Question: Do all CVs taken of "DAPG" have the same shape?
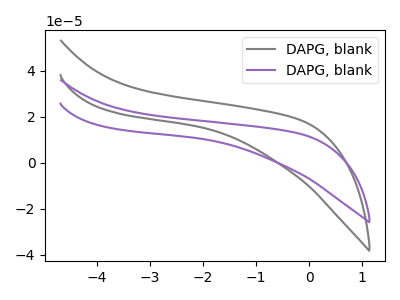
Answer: <think>The gray curve "DAPG, blank1" has no peaks. The purple curve "DAPG, blank2" has no peaks.
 Neither "DAPG, blank1" or "DAPG, blank2" have any peaks.</think>
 <answer>All the CV's of "DAPG" have similar shape.</answer>
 <eval>follow_rule</eval>